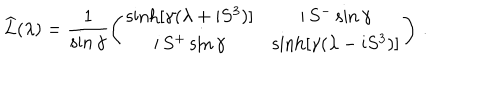
LaTeX: \widehat { L } ( \lambda ) = \frac { 1 } { \sin \gamma } \left( \begin{array} { c c } { { \sinh [ \gamma ( \lambda + \mathrm { i } S ^ { 3 } ) ] } } & { { \mathrm { i } \, S ^ { - } \sin \gamma } } \\ { { \mathrm { i } \, S ^ { + } \sin \gamma } } & { { \sinh [ \gamma ( \lambda - \mathrm { i } S ^ { 3 } ) ] } } \\ \end{array} \right) \, .